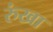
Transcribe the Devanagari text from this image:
रुंखा